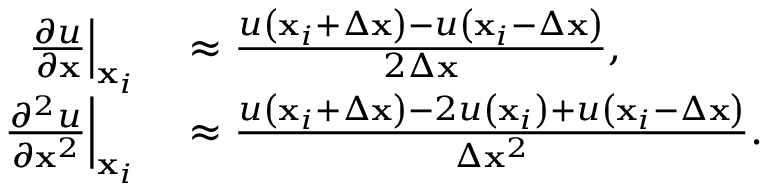
\begin{array} { r l } { \left. \frac { \partial u } { \partial \mathbf { x } } \right| _ { \mathbf { x } _ { i } } } & { { } \approx \frac { u \left( \mathbf { x } _ { i } + \Delta \mathbf { x } \right) - u \left( \mathbf { x } _ { i } - \Delta \mathbf { x } \right) } { 2 \Delta \mathbf { x } } , } \\ { \left. \frac { \partial ^ { 2 } u } { \partial \mathbf { x } ^ { 2 } } \right| _ { \mathbf { x } _ { i } } } & { { } \approx \frac { u \left( \mathbf { x } _ { i } + \Delta \mathbf { x } \right) - 2 u \left( \mathbf { x } _ { i } \right) + u \left( \mathbf { x } _ { i } - \Delta \mathbf { x } \right) } { \Delta \mathbf { x } ^ { 2 } } . } \end{array}